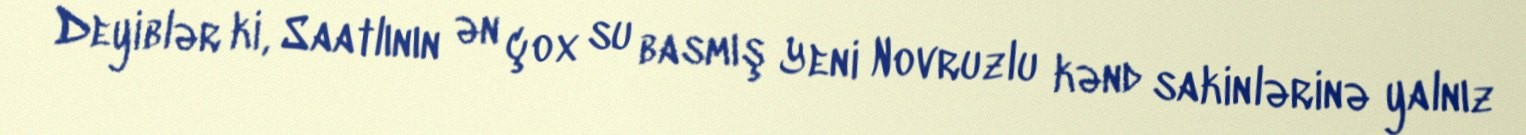
Deyiblər ki, Saatlının ən çox su basmış Yeni Novruzlu kənd sakinlərinə yalnız